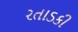
રતાડકી